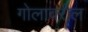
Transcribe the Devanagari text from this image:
गोलावरील